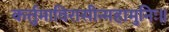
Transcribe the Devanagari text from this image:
कर्त्तुमाविरासीन्महामुनिः॥